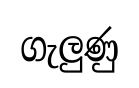
ගැලුණු